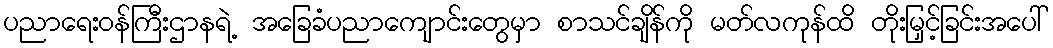
ပညာရေးဝန်ကြီးဌာနရဲ့ အခြေခံပညာကျောင်းတွေမှာ စာသင်ချိန်ကို မတ်လကုန်ထိ တိုးမြှင့်ခြင်းအပေါ်